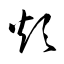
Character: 炊